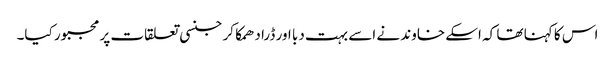
اس کا کہنا تھا کہ اسکے خاوند نے اسے بہت دبا اور ڈرا دھمکا کر جنسی تعلقات پر مجبور کیا۔